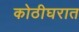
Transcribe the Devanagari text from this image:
कोठीघरात